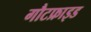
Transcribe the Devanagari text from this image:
गौटफ्राइड